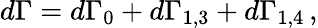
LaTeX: d\Gamma=d\Gamma_{0}+d\Gamma_{1,3}+d\Gamma_{1,4}\, ,